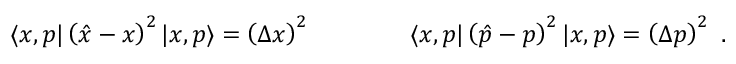
\langle x , p | \left( { \hat { x } } - x \right) ^ { 2 } | x , p \rangle = \left( \Delta x \right) ^ { 2 } \qquad \qquad \langle x , p | \left( { \hat { p } } - p \right) ^ { 2 } | x , p \rangle = \left( \Delta p \right) ^ { 2 } ~ .